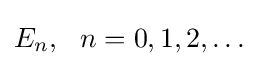
E_{n},\ \ n=0,1,2,\ldots